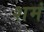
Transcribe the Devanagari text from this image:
शमं